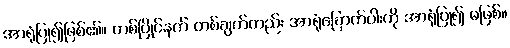
အာရုံပြု၍ဖြစ်၏။ တစ်ပြိုင်နက် တစ်ချက်တည်း အာရုံခြောက်ပါးကို အာရုံပြု၍ မဖြစ်။